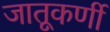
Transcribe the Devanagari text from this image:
जातूकर्णी